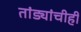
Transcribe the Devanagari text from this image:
तांड्यांचीही